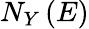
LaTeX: N_{Y}\left(E\right)